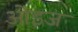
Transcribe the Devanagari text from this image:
ओइज